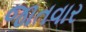
જાતવાર